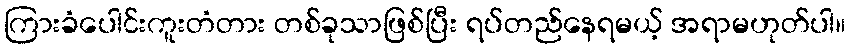
ကြားခံပေါင်းကူးတံတား တစ်ခုသာဖြစ်ပြီး ရပ်တည်နေရမယ့် အရာမဟုတ်ပါ။